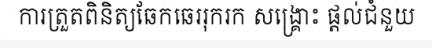
ការត្រួតពិនិត្យឆែកឆេររុករក សង្គ្រោះ ផ្តល់ជំនួយ